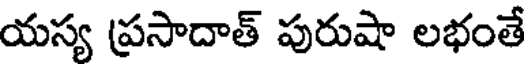
యస్య ప్రసాదాత్ పురుషా లభంతే